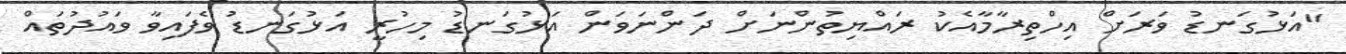
"އަޅުގަނޑު ވަރަށް އިހްތިރާމާއެކު ރައްޔިތުންނަށް ދަންނަވަން އަޅުގަނޑު މިހުރީ އަޅުގަނޑު ވެފައިވާ ވައުދުތައް